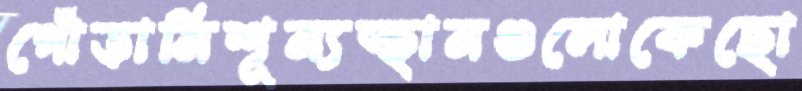
গোঁড়ামিশূন্যস্থানগুলোকেছো